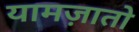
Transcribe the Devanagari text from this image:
यामज़ातो